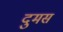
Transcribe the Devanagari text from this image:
दुमस